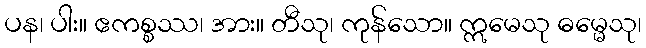
ပန၊ ပါး။ ဧကစ္စဿ၊ အား။ တီသု၊ ကုန်သော။ ဣမေသု ဓမ္မေသု၊